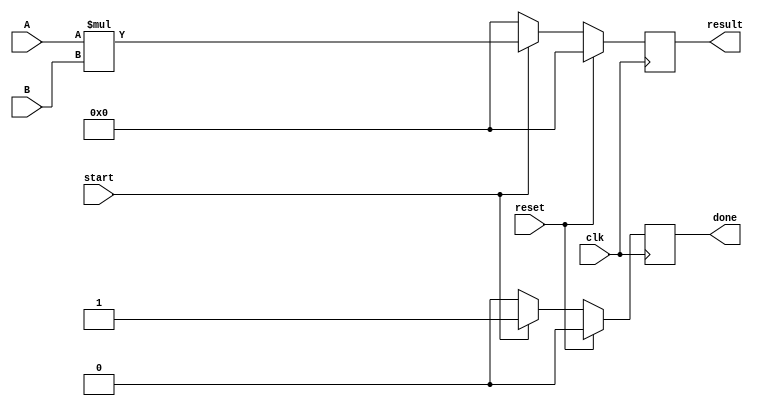
`timescale 1ns / 1ps
//////////////////////////////////////////////////////////////////////////////////
// Company: Istanbul Technical University
// 
// Design Name: Behavioral Multiplication
// Module Name: MULTB
// Project Name: 
// Target Devices: 
// Tool Versions: 
// Description: 
// 
// Dependencies: 
// 
// Revision:
// Revision 0.01 - File Created
// Additional Comments:
// 
//////////////////////////////////////////////////////////////////////////////////


module MULTB(input signed [8:0]A,B,
             input clk,reset,start,
             output reg done,
             output reg signed [17:0] result);
             
     always@(posedge clk) begin
		if(reset) begin
			result <= 0;
		    done <= 0;
		end
		else begin
			if(start) begin
				result <= A*B;
				done <= 1;
			end
			else begin
				result <= 0;
				done <= 0;
			end
		end
	 end
    
endmodule